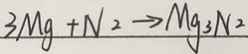
3 M g + N _ { 2 } \rightarrow M g _ { 3 } N _ { 2 }